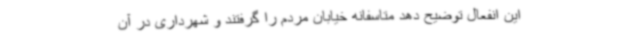
این انفعال توضیح دهد متاسفانه خیابان مردم را گرفتند و شهرداری در آن